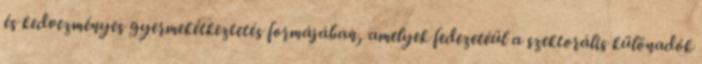
és kedvezményes gyermekétkeztetés formájában, amelyek fedezetéül a szektorális különadók